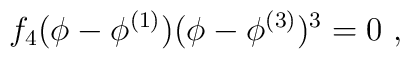
f_4(\phi - \phi^{(1)})(\phi - \phi^{(3)})^3 = 0\ ,